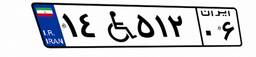
۸۳W۶۳۵۵۸